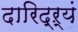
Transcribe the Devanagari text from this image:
दारिद्ऱ्यं